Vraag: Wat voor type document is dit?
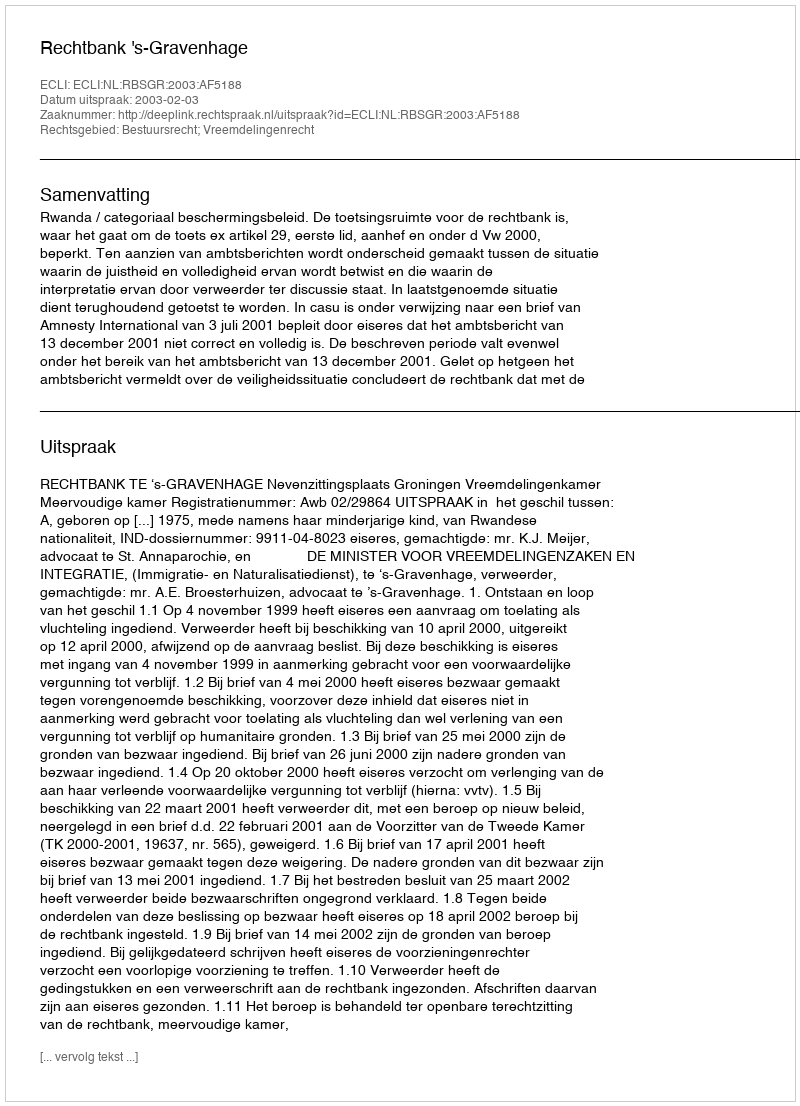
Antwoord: Uitspraak